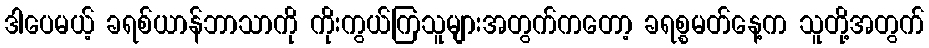
ဒါပေမယ့် ခရစ်ယာန်ဘာသာကို ကိုးကွယ်ကြသူများအတွက်ကတော့ ခရစ္စမတ်နေ့က သူတို့အတွက်